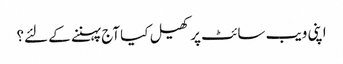
اپنی ویب سائٹ پر کھیل کیا آج پہننے کے لئے؟